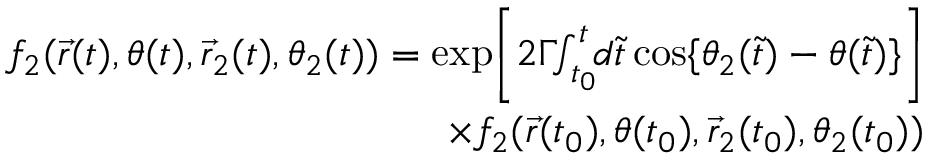
\begin{array} { r l r } & { } & { f _ { 2 } ( \vec { r } ( t ) , \theta ( t ) , \vec { r } _ { 2 } ( t ) , \theta _ { 2 } ( t ) ) = \mathrm { e x p } \Bigg [ 2 \Gamma \! \! \int _ { t _ { 0 } } ^ { t } \! \! d \tilde { t } \, \mathrm { c o s } \{ \theta _ { 2 } ( \tilde { t } ) - \theta ( \tilde { t } ) \} \Bigg ] } \\ & { } & { \times f _ { 2 } ( \vec { r } ( t _ { 0 } ) , \theta ( t _ { 0 } ) , \vec { r } _ { 2 } ( t _ { 0 } ) , \theta _ { 2 } ( t _ { 0 } ) ) } \end{array}